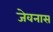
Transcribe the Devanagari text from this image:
जेवनास